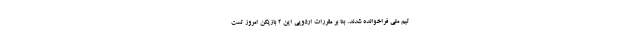
تیم ملی فراخوانده شدند. بنا بر مقررات اردویی این 2 بازیکن امروز تست